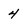
Character: 4